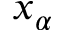
x _ { \alpha }